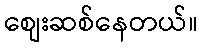
စျေးဆစ်နေတယ်။